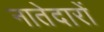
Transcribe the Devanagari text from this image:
नातेदारों